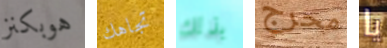
هوبكنز تجاهك بذلك محرج يا